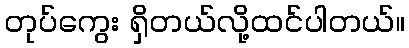
တုပ်ကွေး ရှိတယ်လို့ထင်ပါတယ်။